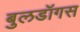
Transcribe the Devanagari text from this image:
बुलडॉगस